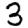
Digit: 3